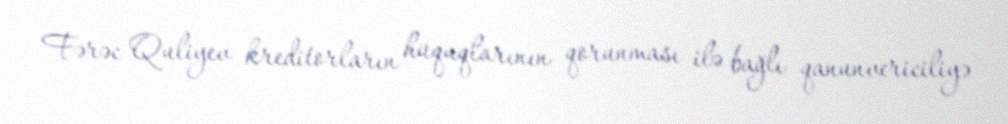
Fərəc Quliyev kreditorların hüquqlarının qorunması ilə bağlı qanunvericiliyə